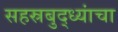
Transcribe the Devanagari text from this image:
सहस्रबुद्ध्यांचा